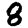
Digit: 8